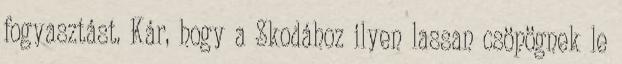
fogyasztást. Kár, hogy a Skodához ilyen lassan csöpögnek le